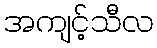
အကျင့်သီလ